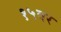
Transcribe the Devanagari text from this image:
१५वर